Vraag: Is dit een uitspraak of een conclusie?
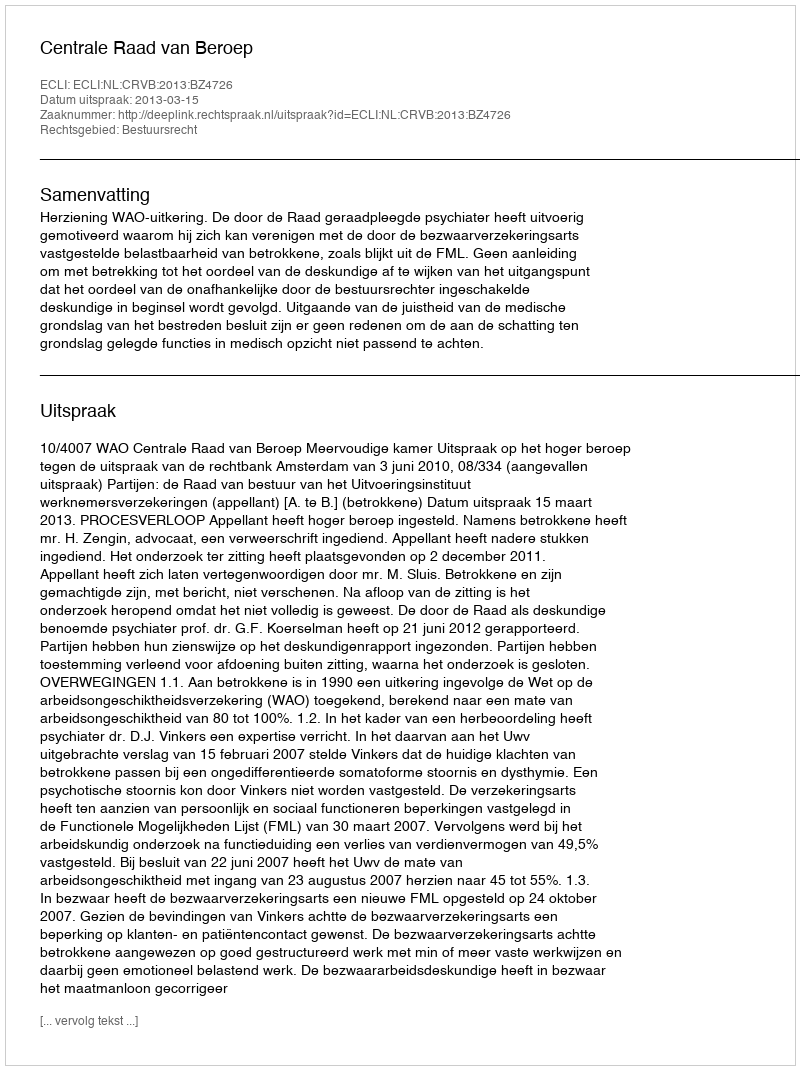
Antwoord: Uitspraak